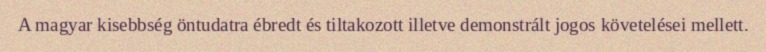
A magyar kisebbség öntudatra ébredt és tiltakozott illetve demonstrált jogos követelései mellett.